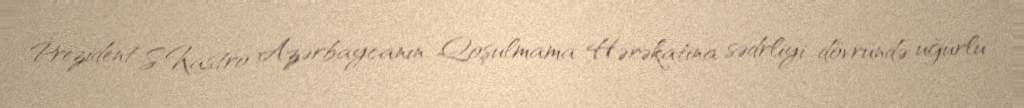
Prezident S.Kastro Azərbaycanın Qoşulmama Hərəkatına sədrliyi dövründə uğurlu